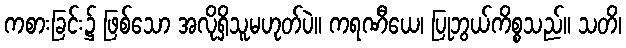
ကစားခြင်း၌ ဖြစ်သော အလိုရှိသူမဟုတ်ပဲ။ ကရဏီယေ၊ ပြုဘွယ်ကိစ္စသည်။ သတိ၊